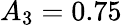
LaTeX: A_{3}=0.75